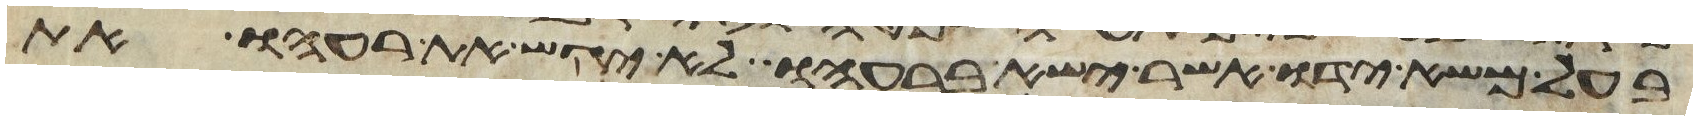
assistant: בעל משא ידו אשר ישא ברעהו לא יגש את רעהו את